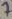
Text: 7